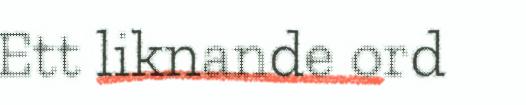
Ett liknande ord